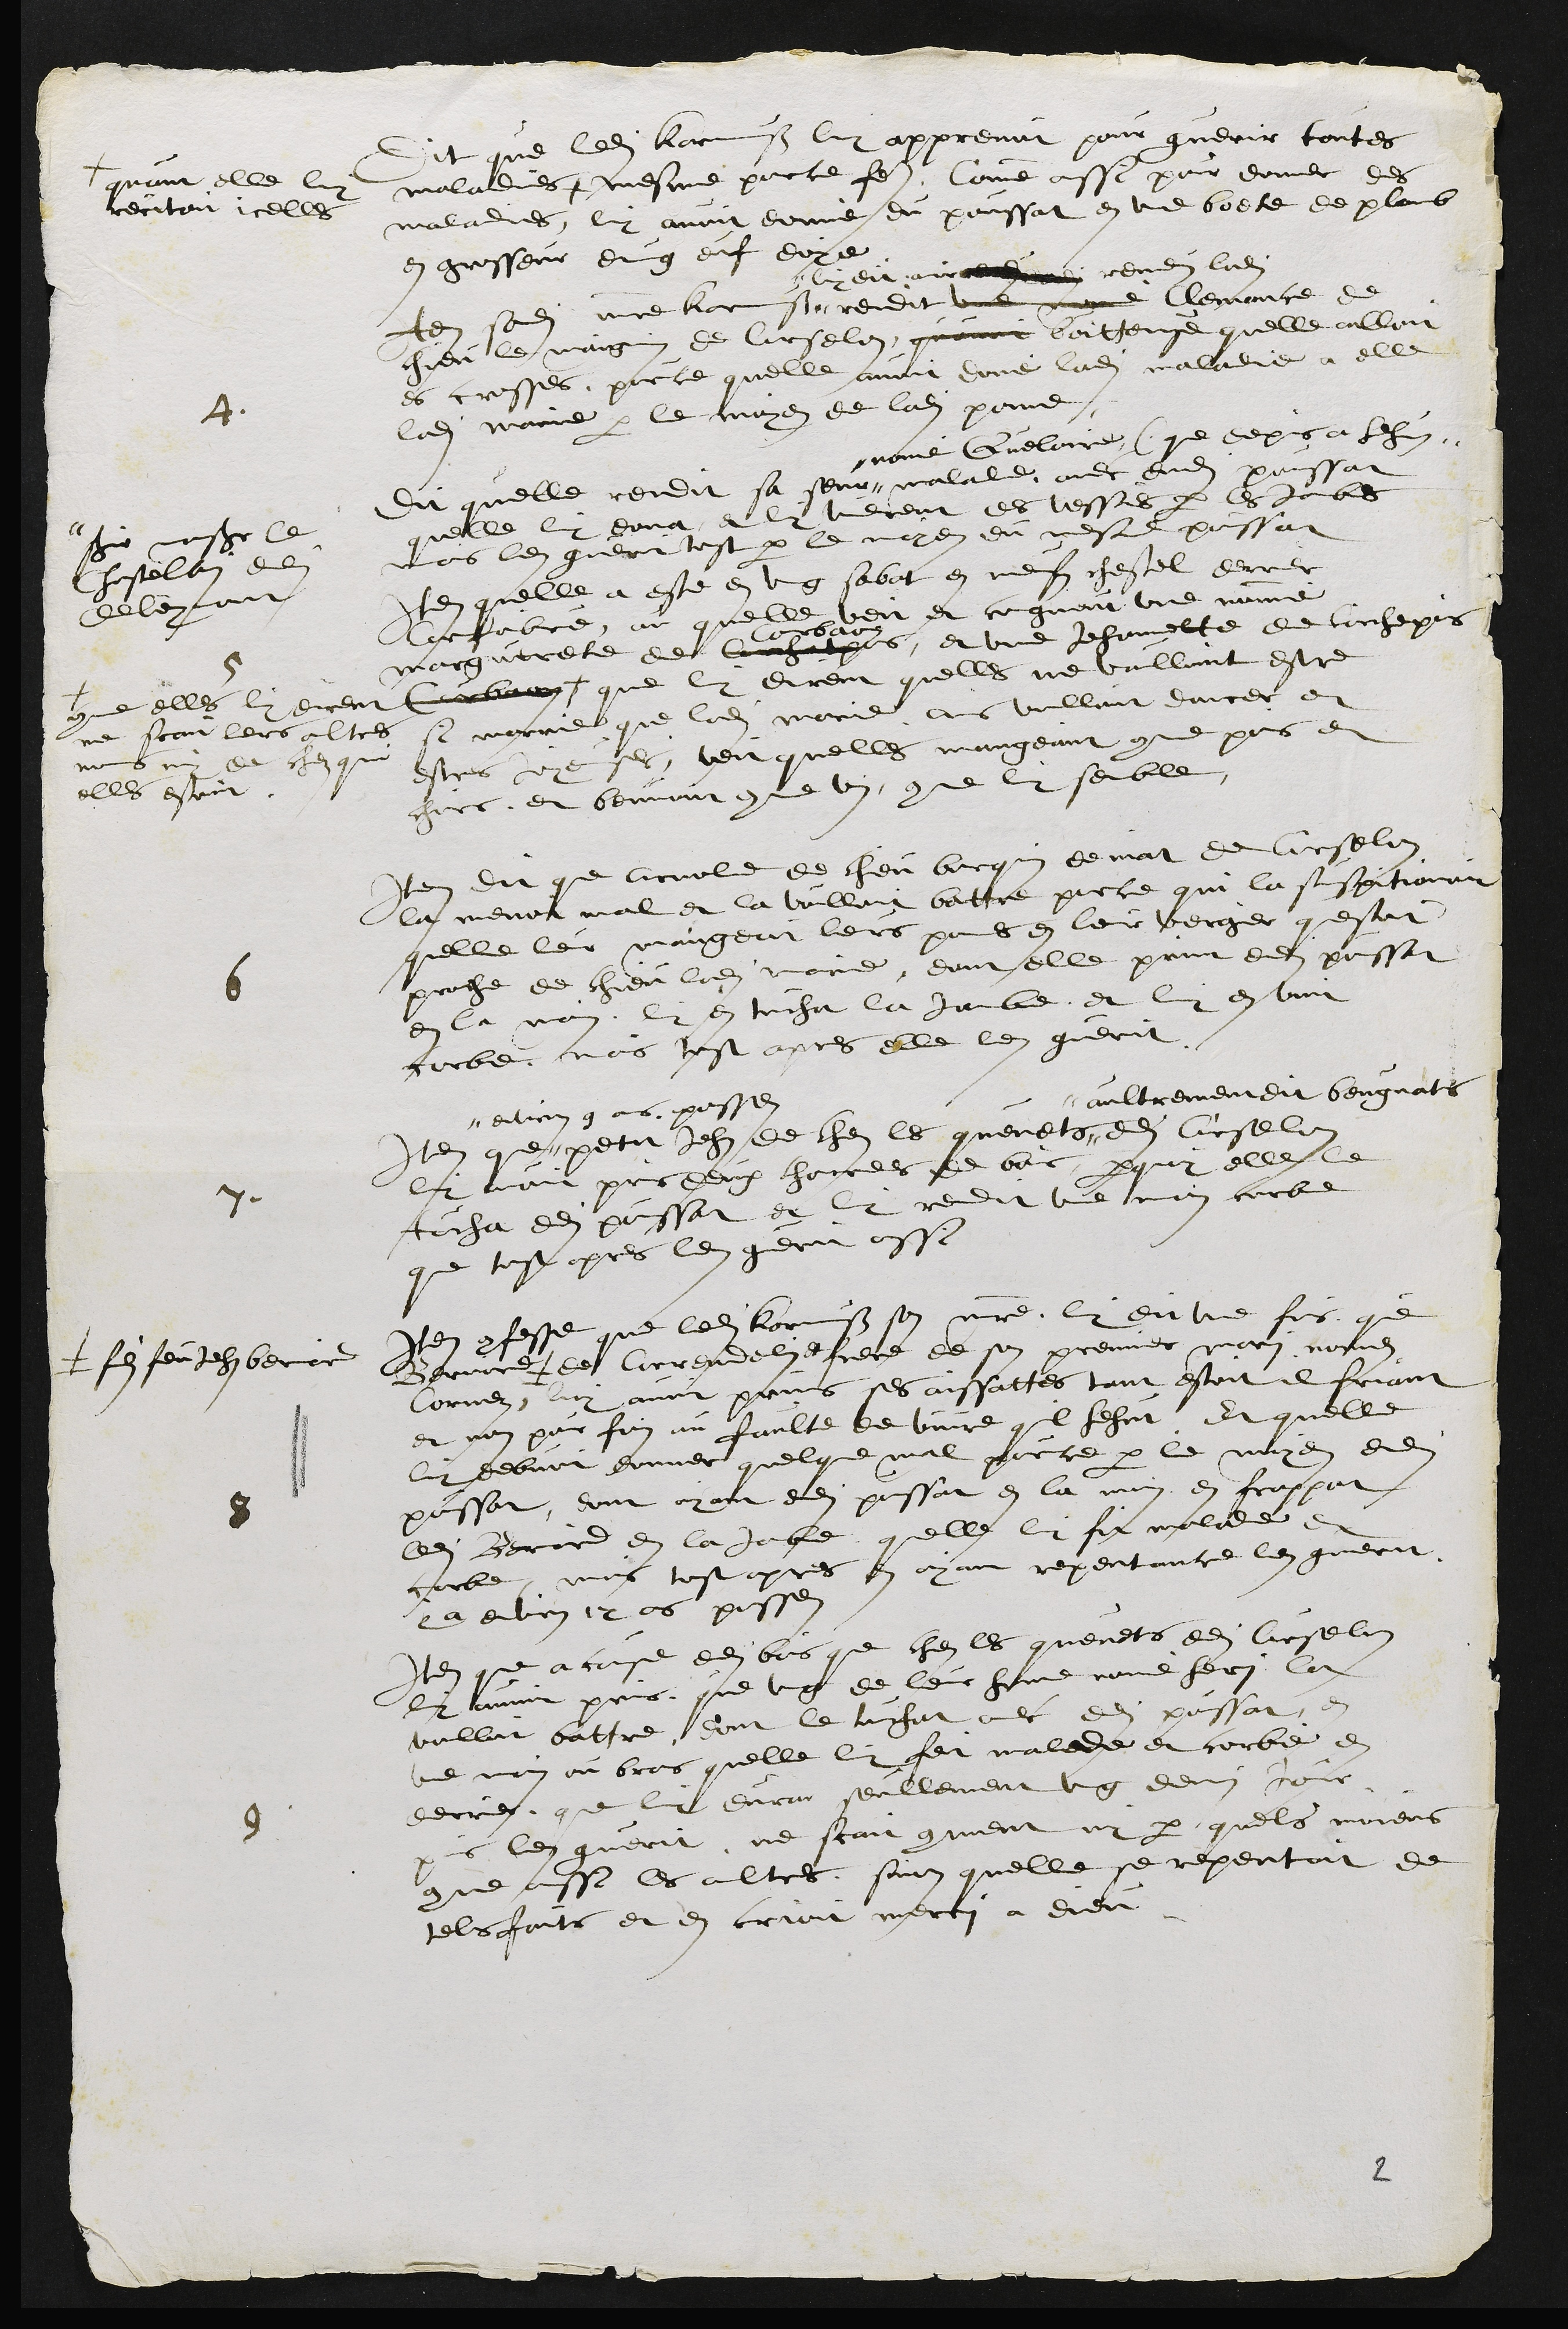
Dit que ledit Karmuss luy apprenut pour guerir toutes
maladies,
quant elle luy
recitoit icelles
mesme porce faire, Comme aussi pour donner des
maladies, luy avoit donne du poussat en une boete de plomb
en grosseur dung euf doye
4
Item sondit maitre Karmuss #
#luy dit avoir rendus ladite
rendit une nommé Clemance de
chieu le maignin de Curselon quavoit boitteuse quelle alloit
es crosses, pource quelle avoit donné ladite maladie a elle
ladite Marie par le moyen de ladite pome,
dit quelle rendit sa seur #
# nomé Quelaire que depuis a hehus #
# sie monsieur le
Chastelain dudit
Deleymont
malade avec dudit poussat
quelle luy dona et luy vindrent des vesses par les jambes
mais len gueri tost par le moyen du mesme poussat
5
Item quelle a este en ung sabat en neufs chestel derrier
Corfaibvre ou quelle veit et cognoit une nommé
marguerete de Courchapuis
Corbaon
et une Jehannette de Corchepis
Corbaon +
+ comme elles luy dirent
ne scait leurs aultres
noms ny de chez qui
elles estoint
que luy dirent quelles ne voulloint estre
si marrie que ladite Marie, ains voulloint dancer et
estres Joyeuses, veit quelles mangeoint comme pois et
chair et beuvoint comme vin comme luy semble,
6
Item dit que Arnold de chieu borquin demat de Curselon
la menoit mal et la voulloit battre parce qui la suspitionoit
quelle leurs maingerit leurs pomes en leur vergier questoit
proche de chieu ladite Marie, dont elle print dudit poussat
en la main, luy en toucha la jambe et luy en vint
corbe, mais tost apres elle len guerit.
7
Item que #
# environ 9 ans passes
petit Jehan de chez le quenets #
# aultremendit beugnats
dudit Curselon
luy avoit pris deux charrees de bois pourquoy elle le
toucha dudit poussat et luy rendit le main corbe
que tost apres len guerit aussi
8
Item confesse que ledit Karmuss son maitre, luy dit une fois que
Bernard #
# filz feu Jehan bernier
de Correndelin et frere de son premier mari nommes
Cornez luy avoit prins ses aissattes tant estoit il friant
et non par faim ou faulte de vivre quil hehut, Et quelle
luy debvoit donner quelque mal pour ce  par le moyen dudit
poussat, dont ayant dudit poussat en la main, en frappat
ledit Bernard en la jambe quelle luy fit malade et
corbe, mais tost apres en ayant repentance len guerit
y a environ 12 ans passes
9
Item que a cause dudit bois que chez les quenets dudit Curselon
luy avoir prins, que ung de leur home nomé hery la
voulloit battre, dont le touchat avec dudit poussat en
une main ou bras quelle luy feit malade et corbe en
derrier, que luy durat seullement ung demy Jour
puis len guerit, ne scait comment ny par quels moiens
comme aussi les aultres, sinon quelle se repentoit de
tels faits et en crioit merci a Dieu